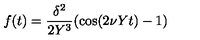
f ( t ) = { \frac { \delta ^ { 2 } } { 2 Y ^ { 3 } } } ( \cos ( 2 \nu Y t ) - 1 )